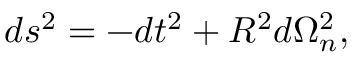
d s ^ { 2 } = - d t ^ { 2 } + R ^ { 2 } d \Omega _ { n } ^ { 2 } ,